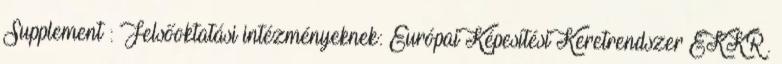
Supplement : Felsőoktatási intézményeknek: Európai Képesítési Keretrendszer EKKR .